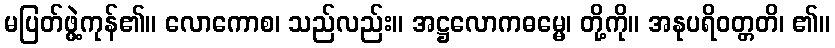
မပြတ်ဖွဲ့ကုန်၏။ လောကောစ၊ သည်လည်း။ အဋ္ဌလောကဓမ္မေ၊ တို့ကို။ အနုပရိဝတ္တတိ၊ ၏။